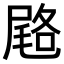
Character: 𭕨